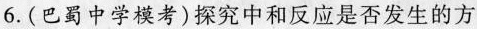
6.(巴蜀中学模考)探究中和反应是否发生的方